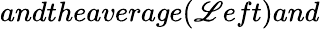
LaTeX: andtheaverage(\mathscr{L}eft)and